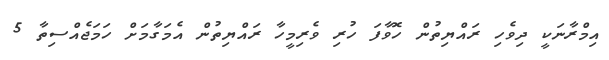
އިމްރާނަކީ ދިވެހި ރައްޔިތުން ހޮވާފަ ހުރި ވެރިމީހާ ރައްޔިތުން އެމަގާމަށް ހަމަޖެއްސިތާ 5